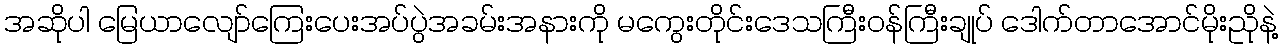
အဆိုပါ မြေယာလျော်ကြေးပေးအပ်ပွဲအခမ်းအနားကို မကွေးတိုင်းဒေသကြီးဝန်ကြီးချုပ် ဒေါက်တာအောင်မိုးညိုနဲ့